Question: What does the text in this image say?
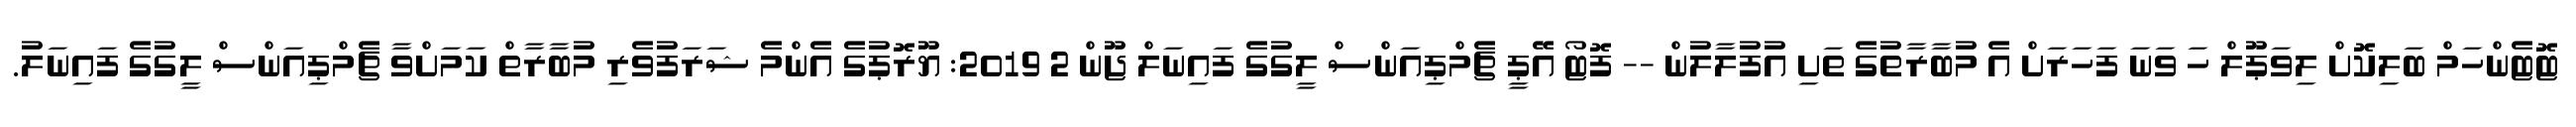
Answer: ޓޮޓެންހަމް ބަލިކޮށް ލިވަޕޫލް ހަ ވަނަ ފަހަރަށް އެ މުބާރާތުގެ ތަށި އުފުލާލުން -- ފޮޓޯ އޭޕީ ޗެމްޕިއަންސް ލީގުގެ ފައިނަލް ޖޫން 2 2019: ޔޫރޮޕުގެ އެންމެ ޝަރަފުވެރި މުބާރާތް ކަމަށްވާ ޗެމްޕިއަންސް ލީގުގެ ފައިނަލު.